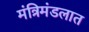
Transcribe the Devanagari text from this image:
मंत्रिमंडलात